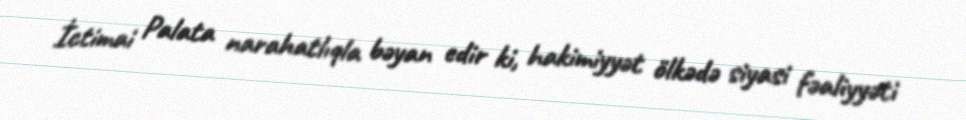
İctimai Palata narahatlıqla bəyan edir ki, hakimiyyət ölkədə siyasi fəaliyyəti